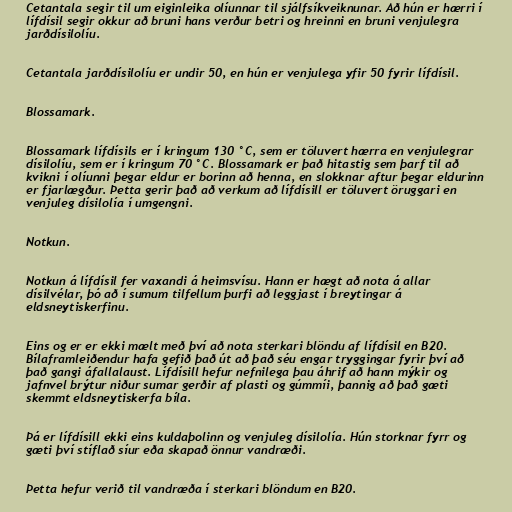
Cetantala segir til um eiginleika olíunnar til sjálfsíkveiknunar. Að hún er hærri í
lífdísil segir okkur að bruni hans verður betri og hreinni en bruni venjulegra
jarðdísilolíu.

Cetantala jarðdísilolíu er undir 50, en hún er venjulega yfir 50 fyrir lífdísil.

Blossamark.

Blossamark lífdísils er í kringum 130 °C, sem er töluvert hærra en venjulegrar
dísilolíu, sem er í kringum 70 °C. Blossamark er það hitastig sem þarf til að
kvikni í olíunni þegar eldur er borinn að henna, en slokknar aftur þegar eldurinn
er fjarlægður. Þetta gerir það að verkum að lífdísill er töluvert öruggari en
venjuleg dísilolía í umgengni.

Notkun.

Notkun á lífdísil fer vaxandi á heimsvísu. Hann er hægt að nota á allar
dísilvélar, þó að í sumum tilfellum þurfi að leggjast í breytingar á
eldsneytiskerfinu.

Eins og er er ekki mælt með því að nota sterkari blöndu af lífdísil en B20.
Bílaframleiðendur hafa gefið það út að það séu engar tryggingar fyrir því að
það gangi áfallalaust. Lífdísill hefur nefnilega þau áhrif að hann mýkir og
jafnvel brýtur niður sumar gerðir af plasti og gúmmíi, þannig að það gæti
skemmt eldsneytiskerfa bíla.

Þá er lífdísill ekki eins kuldaþolinn og venjuleg dísilolía. Hún storknar fyrr og
gæti því stíflað síur eða skapað önnur vandræði.

Þetta hefur verið til vandræða í sterkari blöndum en B20.